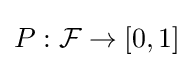
P:{\mathcal {F}}\to [0,1]